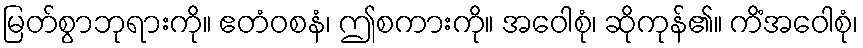
မြတ်စွာဘုရားကို။ ဧတံဝစနံ၊ ဤစကားကို။ အဝေါစုံ၊ ဆိုကုန်၏။ ကိံအဝေါစုံ၊